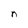
Character: n